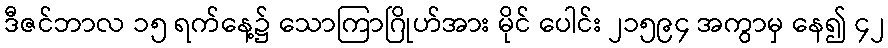
ဒီဇင်ဘာလ ၁၅ ရက်နေ့၌ သောကြာဂြိုဟ်အား မိုင် ပေါင်း ၂၁၅၉၄ အကွာမှ နေ၍ ၄၂